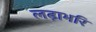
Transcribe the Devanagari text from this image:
लढ़ाभरि